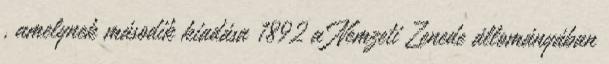
, amelynek második kiadása 1892 a Nemzeti Zenede állományában